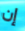
إن